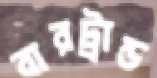
বারট্রান্ড